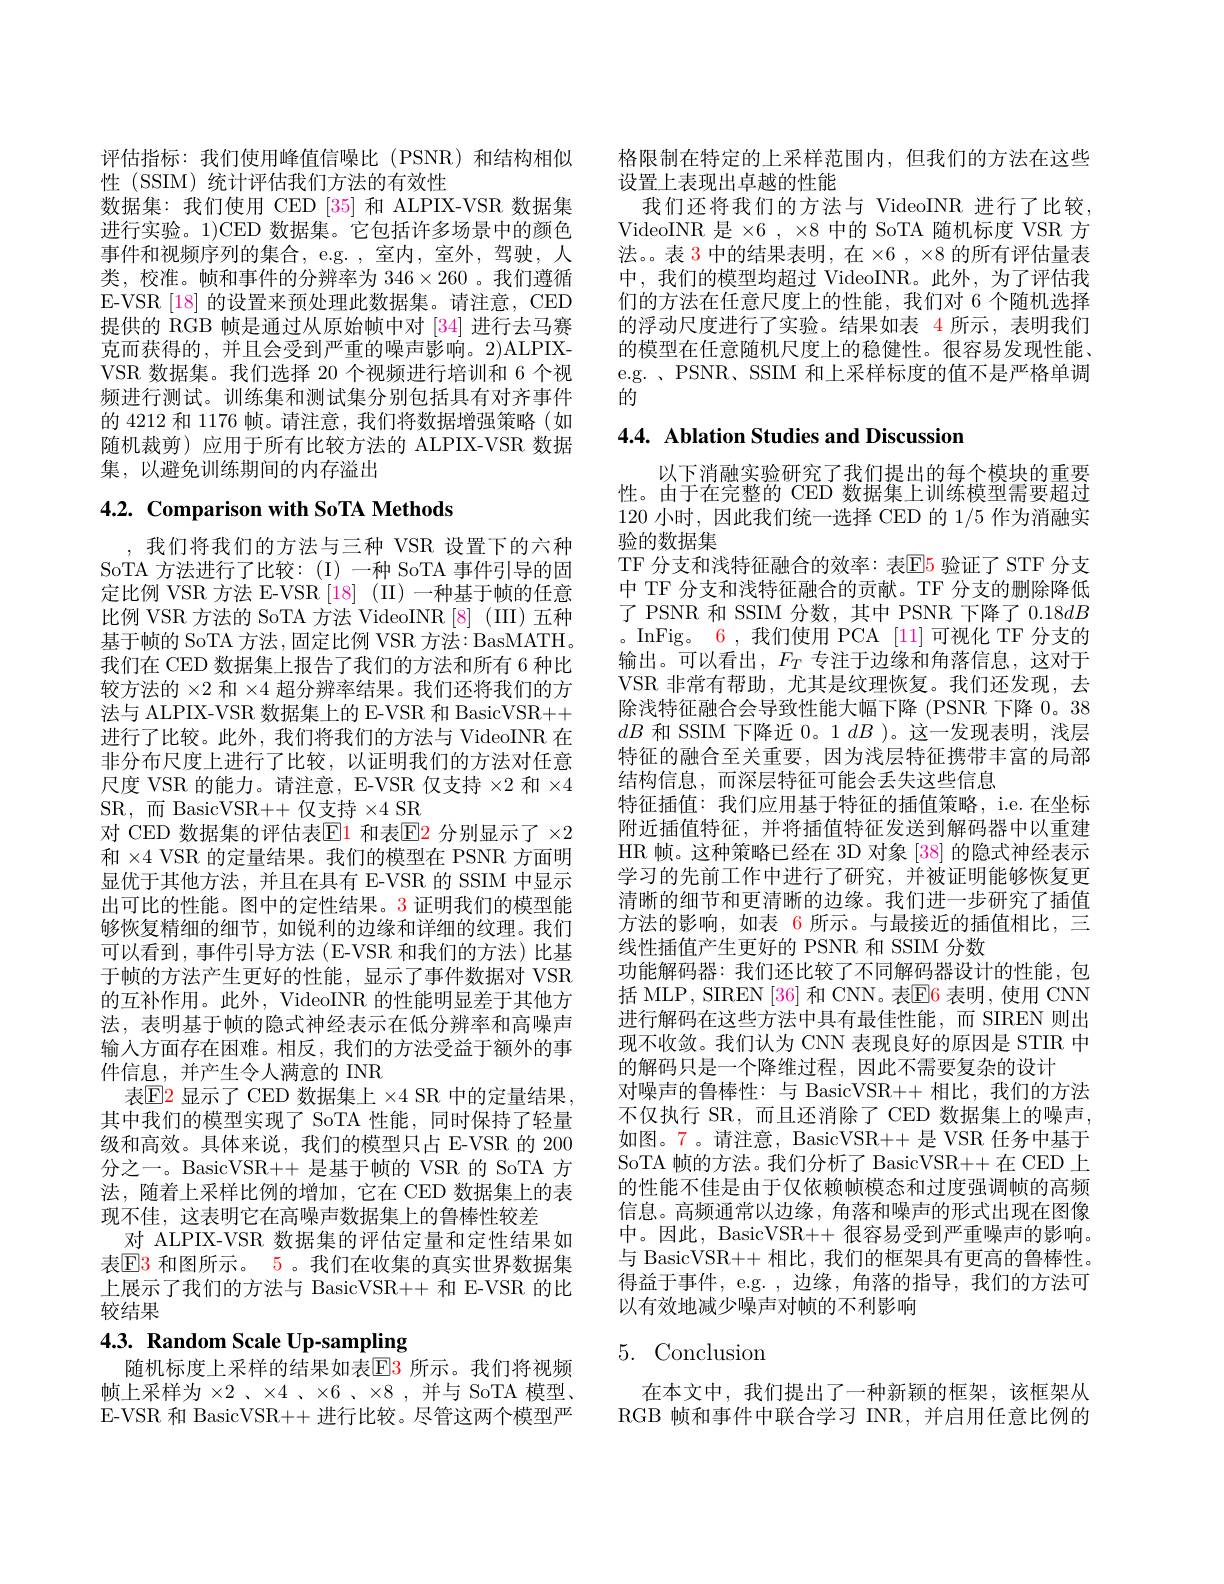
评估指标：我们使用峰值信噪比(PSNR)和结构相似
性 (SSIM) 统计评估我们方法的有效性
数据集：我们使用 CED [35] 和 ALPIX-VSR 数据集进行实验。1)CED 数据集。它包括许多场景中的颜色事件和视频序列的集合，e.g. ,室内，室外，驾驶，人类，校准。帧和事件的分辨率为$346\times260$ 。我们遵循E-VSR [18] 的设置来预处理此数据集。请注意，CED 提供的 RGB 帧是通过从原始帧中对[34]进行去马赛克而获得的，并且会受到严重的噪声影响。2)ALPIXVSR 数据集。我们选择 20 个视频进行培训和 6 个视频进行测试。训练集和测试集分别包括具有对齐事件的 4212 和 1176 帧。请注意，我们将数据增强策略(如随机裁剪)应用于所有比较方法的 ALPIX-VSR 数据集，以避免训练期间的内存溢出

# 4.2. Comparison with SoTA Methods

,我们将我们的方法与三种 VSR 设置下的六种SoTA 方法进行了比较：(I) 一种 SoTA 事件引导的固定比例 VSR 方法 E-VSR [18] (II) 一种基于帧的任意比例 VSR 方法的 SoTA 方法 VideoINR [8] (III) 五种基于帧的 SoTA 方法 ,固定比例 VSR 方法：BasMATH。我们在 CED 数据集上报告了我们的方法和所有 6 种比较方法的$\times2$和$\times4$超分辨率结果。我们还将我们的方法与 ALPIX-VSR 数据集上的 E-VSR 和 BasicVSR++ 进行了比较。此外，我们将我们的方法与 VideoINR 在非分布尺度上进行了比较，以证明我们的方法对任意尺度 VSR 的能力。请注意，E-VSR 仅支持$\times2$和$\times4$ SR, 而 BasicVSR+ + 仅支持$\times4$ SR
对 CED 数据集的评估表$\mathbb{E}$1 和表$\mathbb{E}\color{red}{2}$ 分别显示了 $\times2$ 和$\times4$ VSR 的定量结果。我们的模型在 PSNR 方面明显优于其他方法，并且在具有 E-VSR 的 SSIM 中显示出可比的性能。图中的定性结果。3 证明我们的模型能够恢复精细的细节，如锐利的边缘和详细的纹理。我们可以看到，事件引导方法(E-VSR 和我们的方法)比基于帧的方法产生更好的性能，显示了事件数据对 VSR 的互补作用。此外，VideoINR 的性能明显差于其他方法，表明基于帧的隐式神经表示在低分辨率和高噪声输入方面存在困难。相反，我们的方法受益于额外的事件信息，并产生令人满意的 INR
表$\boxed{\mathrm{E2}}$ 显示了 CED 数据集上 $\times4$ SR 中的定量结果， 其中我们的模型实现了 SoTA 性能，同时保持了轻量级和高效。具体来说，我们的模型只占 E-VSR 的 200分之一。BasicVSR++ 是基于帧的 VSR 的 SoTA 方法，随着上采样比例的增加，它在 CED 数据集上的表现不佳，这表明它在高噪声数据集上的鲁棒性较差
对 ALPIX-VSR 数据集的评估定量和定性结果如表$\mathbb{E}$3 和图所示。5。我们在收集的真实世界数据集上展示了我们的方法与 BasicVSR++ 和 E-VSR 的比较结果
4.3. Random Scale Up-sampling

随机标度上采样的结果如表$\color{red}{\mathrm{E}}\color{blue}{\mathrm{3}}$ 所示。我们将视频帧上采样为$\times2$ 、$\times4$ 、$\times6$ 、$\times8$ ,并与 SoTA 模型、 E-VSR 和 BasicVSR++ 进行比较。尽管这两个模型严

格限制在特定的上采样范围内，但我们的方法在这些
设置上表现出卓越的性能
我们还将我们的方法与 VideoINR 进行了比较， VideoINR 是$\times6,\times8$中的 SoTA 随机标度 VSR 方法。。表 3 中的结果表明，在$\times 6$ , $\times 8$的所有评估量表中，我们的模型均超过 VideoINR。此外，为了评估我们的方法在任意尺度上的性能，我们对 6 个随机选择的浮动尺度进行了实验。结果如表 4 所示，表明我们的模型在任意随机尺度上的稳健性。很容易发现性能、 e.g. PSNR、SSIM 和上采样标度的值不是严格单调的

# 4.4. Ablation Studies and Discussion

以下消融实验研究了我们提出的每个模块的重要性。由于在完整的 CED 数据集上训练模型需要超过120 小时，因此我们统一选择 CED 的 1/5 作为消融实验的数据集
TF 分支和浅特征融合的效率：表$\mathbb{E}$5 验证了 STF 分支中 TF 分支和浅特征融合的贡献。TF 分支的删除降低了 PSNR 和 SSIM 分数，其中 PSNR 下降了$0.18dB$ 。InFig。6 , 我们使用 PCA [11]可视化 TF 分支的输出。可以看出，$F_T$专注于边缘和角落信息，这对于VSR 非常有帮助，尤其是纹理恢复。我们还发现，去除浅特征融合会导致性能大幅下降(PSNR 下降 0。38 $dB$和 SSIM 下降近 0。1 $dB$ )。这一发现表明，浅层特征的融合至关重要，因为浅层特征携带丰富的局部结构信息，而深层特征可能会丢失这些信息
特征插值：我们应用基于特征的插值策略，i.e.在坐标附近插值特征，并将插值特征发送到解码器中以重建HR 帧。这种策略已经在 3D 对象 [38] 的隐式神经表示学习的先前工作中进行了研究，并被证明能够恢复更清晰的细节和更清晰的边缘。我们进一步研究了插值方法的影响，如表 6 所示。与最接近的插值相比，三线性插值产生更好的 PSNR 和 SSIM 分数
功能解码器：我们还比较了不同解码器设计的性能，包括 MLP, SIREN [36] 和 CNN。表E6 表明，使用 CNN 进行解码在这些方法中具有最佳性能，而 SIREN 则出现不收敛。我们认为 CNN 表现良好的原因是 STIR 中的解码只是一个降维过程，因此不需要复杂的设计
对噪声的鲁棒性：与 BasicVSR++ 相比，我们的方法不仅执行 SR,而且还消除了 CED 数据集上的噪声， 如图。7。请注意，BasicVSR++ 是 VSR 任务中基于SoTA 帧的方法。我们分析了 BasicVSR++在 CED 上的性能不佳是由于仅依赖帧模态和过度强调帧的高频信息。高频通常以边缘，角落和噪声的形式出现在图像中。因此，BasicVSR++ 很容易受到严重噪声的影响。与 BasicVSR++ 相比，我们的框架具有更高的鲁棒性。得益于事件，e.g. ,边缘，角落的指导，我们的方法可以有效地减少噪声对帧的不利影响

# 5. Conclusion

在本文中，我们提出了一种新颖的框架，该框架从RGB 帧和事件中联合学习 INR,并启用任意比例的